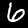
Digit: 6